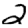
Digit: 2